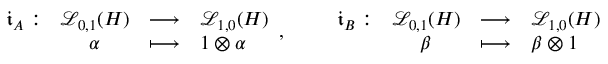
\begin{array} { r c l l } { \mathfrak { i } _ { A } : } & { \mathcal { L } _ { 0 , 1 } ( H ) } & { \longrightarrow } & { \mathcal { L } _ { 1 , 0 } ( H ) } \\ & { \alpha } & { \longmapsto } & { 1 \otimes \alpha } \end{array} , \qquad \begin{array} { r c l l } { \mathfrak { i } _ { B } : } & { \mathcal { L } _ { 0 , 1 } ( H ) } & { \longrightarrow } & { \mathcal { L } _ { 1 , 0 } ( H ) } \\ & { \beta } & { \longmapsto } & { \beta \otimes 1 } \end{array}